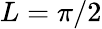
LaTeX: L=\pi/2